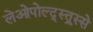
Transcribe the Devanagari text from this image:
लेओपोल्द्स्त्र्स्से